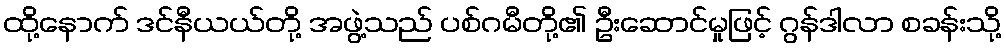
ထို့နောက် ဒင်နီယယ်တို့ အဖွဲ့သည် ပစ်ဂမီတို့၏ ဦးဆောင်မှုဖြင့် ဂွန်ဒါလာ စခန်းသို့